Civil Veterinary Dept. Assam report 1927-50 - 1927-1950
Year: 1927
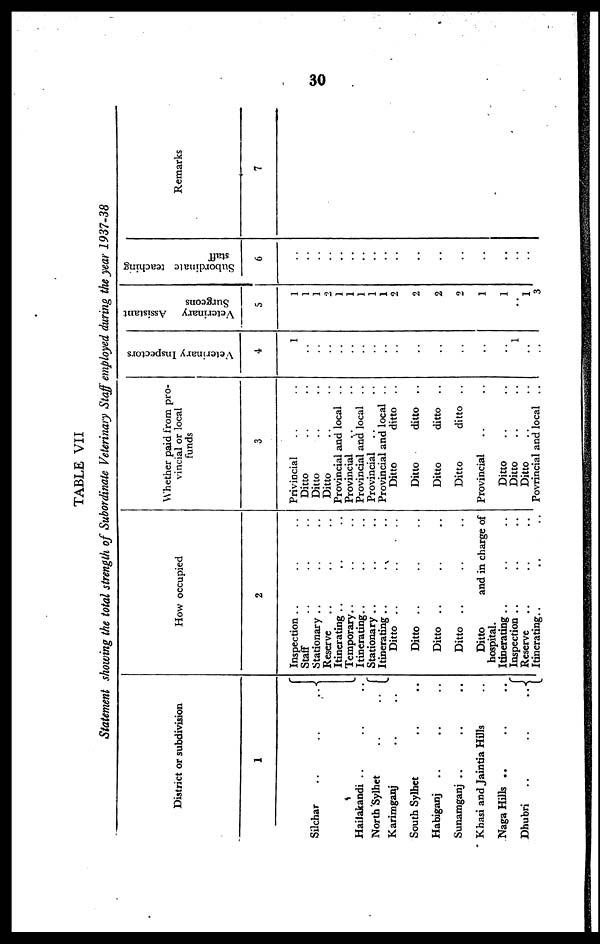
30
TABLE VII
Statement showing the total strength of Subordinate Veterinary Staff employed during the year 1937-38
District or subdivision
1
Silchar
..
..
..
Hailakandi .. .. ..
North Sylhet
..
..
Karimganj .. ..
South Sylhet
Habiganj .. .. ..
Sunamganj .. .. ..
Khasi and Jaintia Hills ..
Naga Hills .. .. ..
Dhubri
..
..
..
How occupied
2
Inspection .. .. ..
Staff .. .. ..
Stationary .. .. ..
Reserve .. .. ..
Itinerating .. .. ..
Temporary .. .. ..
Itinerating .. .. ..
Stationary .. .. ..
Itinerating .. .. ..
Ditto .. .. ..
Ditto .. .. ..
Ditto .. .. ..
Ditto .. .. ..
Ditto
and in charge of
hospital.
Itinerating .. .. ..
Inspection .. .. ..
Reserve .. .. ..
Itinerating .. .. ..
Whether paid from pro-
vincial or local
funds
3
Privincial .. ..
Ditto .. .. ..
Ditto .. .. ..
Ditto .. .. ..
Provincial and local ..
Provincial .. ..
Provincial and local ..
Provincial .. ..
Provincial and local ..
Ditto
ditto ..
Ditto
ditto ..
Ditto
ditto ..
Ditto
ditto ..
Provincial .. ..
Ditto .. ..
Ditto .. ..
Ditto .. ..
Povrincial and local ..
Veterinary Inspectors
4
1
..
..
..
..
..
..
..
..
..
..
..
..
..
1
..
..
Veterinary Assistant
Surgeons
5
1
1
1
2
1
1
1
1
2
2
2
2
1
1
..
1
3
Subordinate teaching
staff
6
..
..
..
..
..
..
..
..
..
..
..
..
..
..
..
..
..
Remarks
7